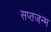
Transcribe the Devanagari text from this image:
सप्तजन्म